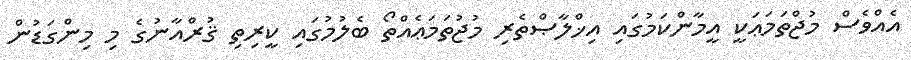
އެއްވެސް މުޖްތަމަޢަކީ އީމާންކަމުގައި އިޚްލާޞްތެރި މުޖުތަމަޢެއްތޯ ބެލުމުގައި ކީރިތި ޤުރްއާނުގެ މި މިންގަޑުން